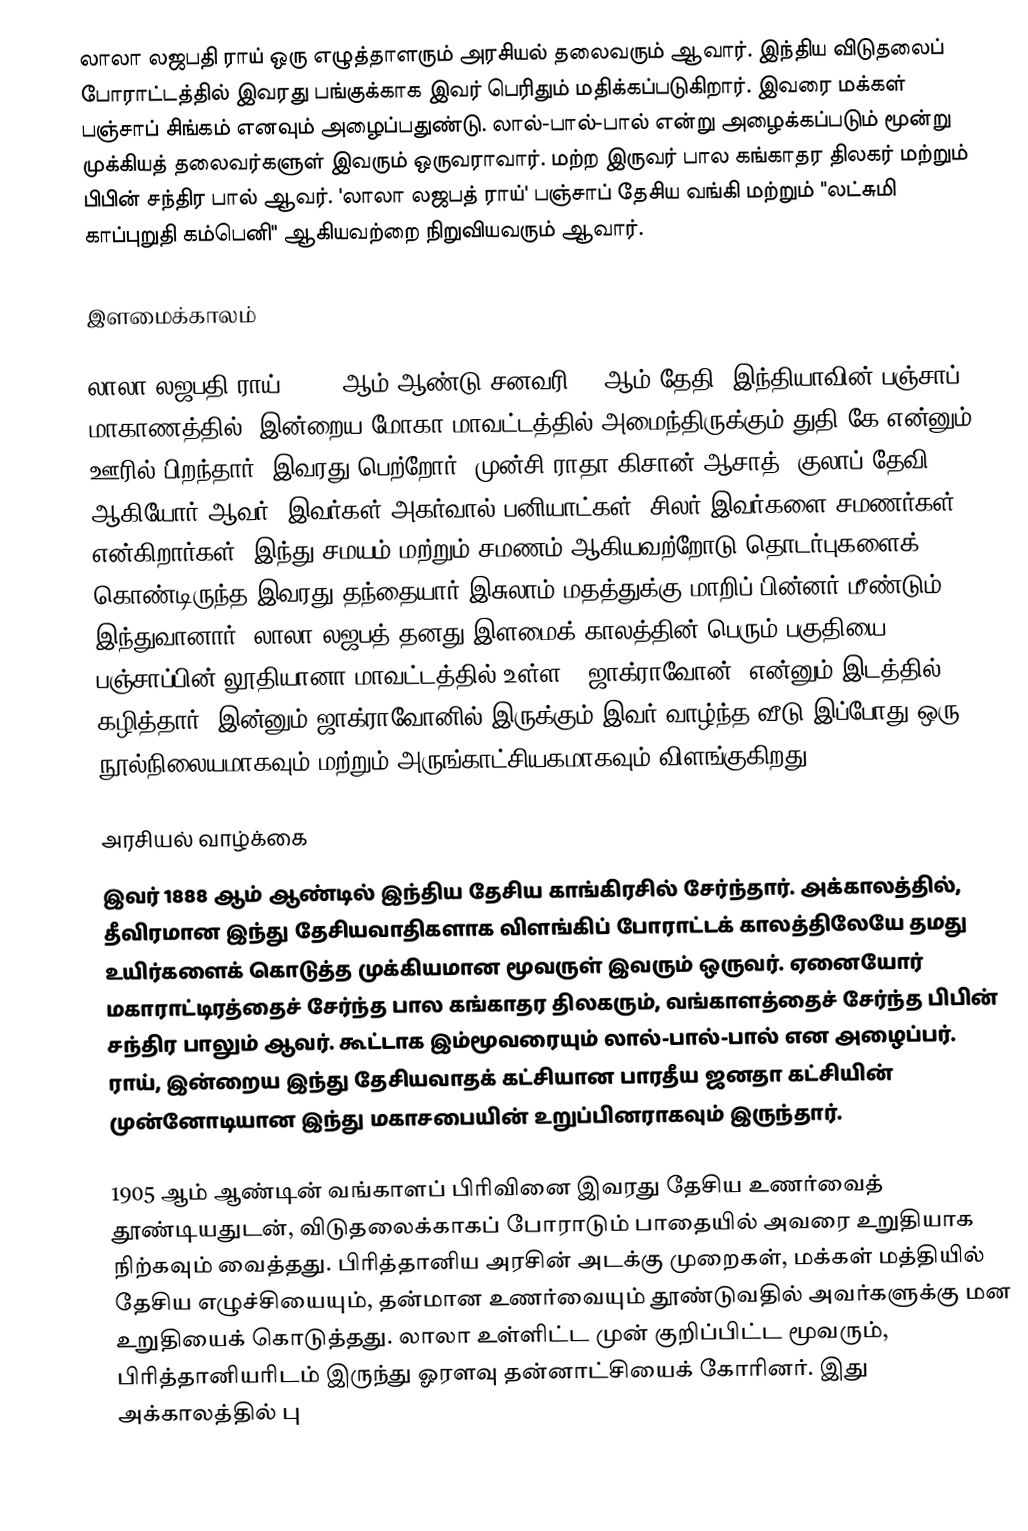
லாலா லஜபதி ராய் ஒரு எழுத்தாளரும் அரசியல் தலைவரும் ஆவார். இந்திய விடுதலைப் போராட்டத்தில் இவரது பங்குக்காக இவர் பெரிதும் மதிக்கப்படுகிறார். இவரை மக்கள் பஞ்சாப் சிங்கம் எனவும் அழைப்பதுண்டு. லால்-பால்-பால் என்று அழைக்கப்படும் மூன்று முக்கியத் தலைவர்களுள் இவரும் ஒருவராவார். மற்ற இருவர் பால கங்காதர திலகர் மற்றும் பிபின் சந்திர பால் ஆவர். 'லாலா லஜபத் ராய்' பஞ்சாப் தேசிய வங்கி மற்றும் "லட்சுமி காப்புறுதி கம்பெனி" ஆகியவற்றை நிறுவியவரும் ஆவார்.

இளமைக்காலம்

 லாலா லஜபதி ராய், 1865 ஆம் ஆண்டு சனவரி 28 ஆம் தேதி, இந்தியாவின் பஞ்சாப் மாகாணத்தில், இன்றைய மோகா மாவட்டத்தில் அமைந்திருக்கும் துதி கே என்னும் ஊரில் பிறந்தார். இவரது பெற்றோர், முன்சி ராதா கிசான் ஆசாத், குலாப் தேவி ஆகியோர் ஆவர். இவர்கள் அகர்வால் பனியாட்கள். சிலர் இவர்களை சமணர்கள் என்கிறார்கள். இந்து சமயம் மற்றும் சமணம் ஆகியவற்றோடு தொடர்புகளைக் கொண்டிருந்த இவரது தந்தையார் இசுலாம் மதத்துக்கு மாறிப் பின்னர் மீண்டும் இந்துவானார். லாலா லஜபத் தனது இளமைக் காலத்தின் பெரும் பகுதியை பஞ்சாப்பின் லூதியானா மாவட்டத்தில் உள்ள, 'ஜாக்ராவோன்' என்னும் இடத்தில் கழித்தார். இன்னும் ஜாக்ராவோனில் இருக்கும் இவர் வாழ்ந்த வீடு இப்போது ஒரு நூல்நிலையமாகவும் மற்றும் அருங்காட்சியகமாகவும் விளங்குகிறது.

அரசியல் வாழ்க்கை
இவர் 1888 ஆம் ஆண்டில் இந்திய தேசிய காங்கிரசில் சேர்ந்தார். அக்காலத்தில், தீவிரமான இந்து தேசியவாதிகளாக விளங்கிப் போராட்டக் காலத்திலேயே தமது உயிர்களைக் கொடுத்த முக்கியமான மூவருள் இவரும் ஒருவர். ஏனையோர் மகாராட்டிரத்தைச் சேர்ந்த பால கங்காதர திலகரும், வங்காளத்தைச் சேர்ந்த பிபின் சந்திர பாலும் ஆவர். கூட்டாக இம்மூவரையும் லால்-பால்-பால் என அழைப்பர். ராய், இன்றைய இந்து தேசியவாதக் கட்சியான பாரதீய ஜனதா கட்சியின் முன்னோடியான இந்து மகாசபையின் உறுப்பினராகவும் இருந்தார்.

1905 ஆம் ஆண்டின் வங்காளப் பிரிவினை இவரது தேசிய உணர்வைத் தூண்டியதுடன், விடுதலைக்காகப் போராடும் பாதையில் அவரை உறுதியாக நிற்கவும் வைத்தது. பிரித்தானிய அரசின் அடக்கு முறைகள், மக்கள் மத்தியில் தேசிய எழுச்சியையும், தன்மான உணர்வையும் தூண்டுவதில் அவர்களுக்கு மன உறுதியைக் கொடுத்தது. லாலா உள்ளிட்ட முன் குறிப்பிட்ட மூவரும், பிரித்தானியரிடம் இருந்து ஓரளவு தன்னாட்சியைக் கோரினர். இது அக்காலத்தில் பு